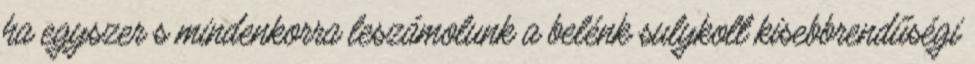
ha egyszer s mindenkorra leszámolunk a belénk sulykolt kisebbrendűségi